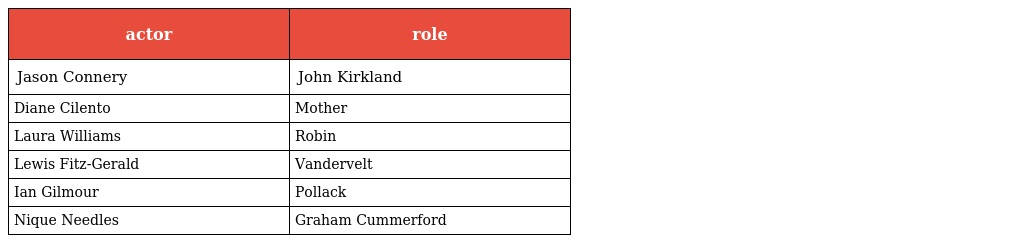
| actor | role |
 | --- | --- |
 | Jason Connery | John Kirkland |
 | Diane Cilento | Mother |
 | Laura Williams | Robin |
 | Lewis Fitz-Gerald | Vandervelt |
 | Ian Gilmour | Pollack |
 | Nique Needles | Graham Cummerford |